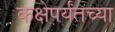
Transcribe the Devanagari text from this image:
कक्षेपर्यंतच्या